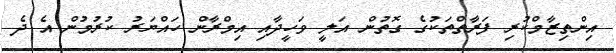
އިންތިޒާމްކުރި ފަރާތްތަކުގެ ގޮތުން އަލީ ވަހީދާއި އިމްރާން ހައްޔަރު ކުރުމުން އެ ދެ